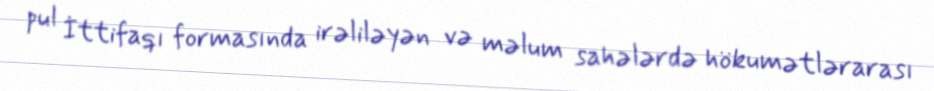
pul İttifaqı formasında irəliləyən və məlum sahələrdə hökumətlərarası